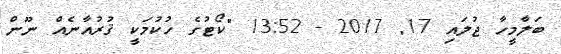
ބަލާމީހާ ޖުލައި 17